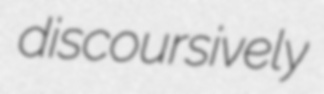
discoursively